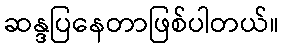
ဆန္ဒပြနေတာဖြစ်ပါတယ်။